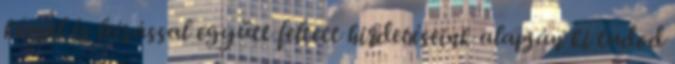
képpel és leírással együtt feltett hirdetéseink alapján ki tudod